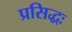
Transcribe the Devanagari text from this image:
प्रसिद्धः